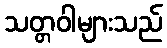
သတ္တဝါများသည်